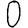
Digit: 0